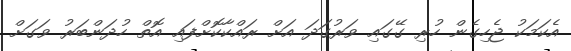
އެކަމަކު ޖެހިގެން ހުރި ގޭގައި ވަރުގަދަ އަށް ރައްކާކޮށްފައި އޮތް ހުދަންބަރު ވަގަށް